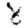
Digit: 8